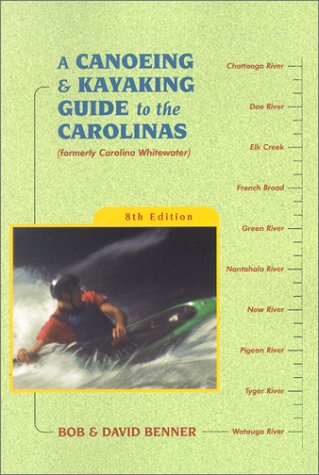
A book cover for A Canoeing & Kayaking Guide to the Carolinas, 8th; David Benner; Travel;